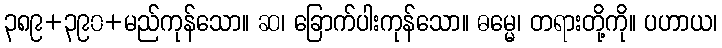
၃၈၉+၃၉၀+မည်ကုန်သော။ ဆ၊ ခြောက်ပါးကုန်သော။ ဓမ္မေ၊ တရားတို့ကို။ ပဟာယ၊